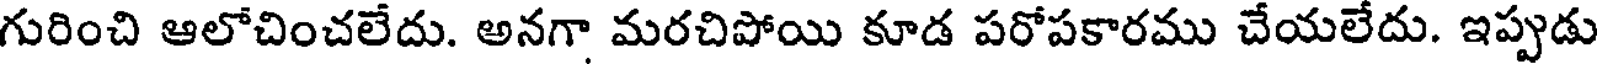
గురించి ఆలోచించలేదు. అనగా మరచిపోయి కూడ పరోపకారము చేయలేదు. ఇప్పుడు